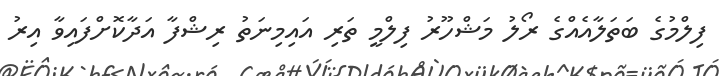
ފިލްމުގެ ބަތަލާއެއްގެ ރޯލު މަޝްހޫރު ފިލްމީ ތަރި އައިމިނަތު ރިޝްފާ އަދާކޮށްފައިވާ އިރު